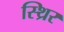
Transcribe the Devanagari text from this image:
स्थ्रिर